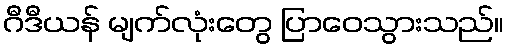
ဂီဒီယန် မျက်လုံးတွေ ပြာဝေသွားသည်။